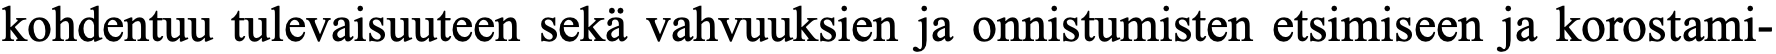
kohdentuu tulevaisuuteen sekä vahvuuksien ja onnistumisten etsimiseen ja korostami-